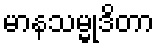
မာနသမ္မုဒိတာ